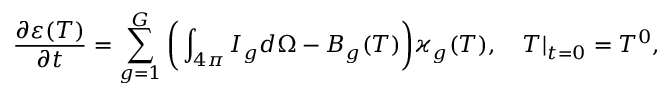
\frac { \partial \varepsilon ( T ) } { \partial t } = { \sum _ { g = 1 } ^ { G } \bigg ( \int _ { 4 \pi } I _ { g } d \Omega - B _ { g } ( T ) \bigg ) \varkappa _ { g } ( T ) } , \quad T | _ { t = 0 } = T ^ { 0 } ,